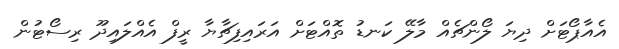
އެއާޕޯޓަށް ދިޔަ ލޯންޗެއް މާލޭ ކަނޑު ތޮއްޓަށް އަރައިފިޗާޔާ ރީފް އެއްލައިދޫ ރިސޯޓުން